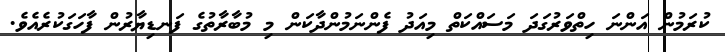
ކުރަމުން އަންނަ ހިތްވަރުގަދަ މަސައްކަތް މިއަދު ފެންނަމުންދާކަން މި މުބާރާތުގެ ފަނޑިޔާރުން ފާހަގަކުރެއެވެ.